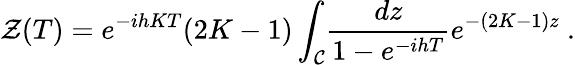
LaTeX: \mathcal{Z}(T)=e^{-ihKT}(2K-1)\int_{\mathcal{C}}\! {\frac{{dz}}{{1-e^{-ihT}}}}e^{-(2K-1)z}\ .